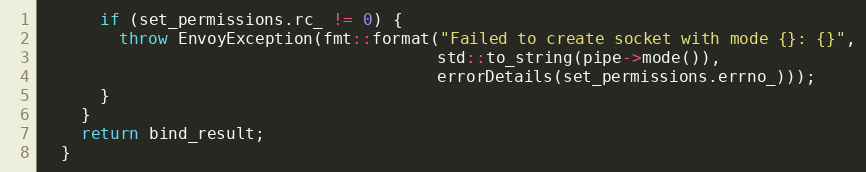
Language: C++
      if (set_permissions.rc_ != 0) {
        throw EnvoyException(fmt::format("Failed to create socket with mode {}: {}",
                                         std::to_string(pipe->mode()),
                                         errorDetails(set_permissions.errno_)));
      }
    }
    return bind_result;
  }